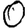
Digit: 0